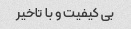
بی کیفیت و با تاخیر